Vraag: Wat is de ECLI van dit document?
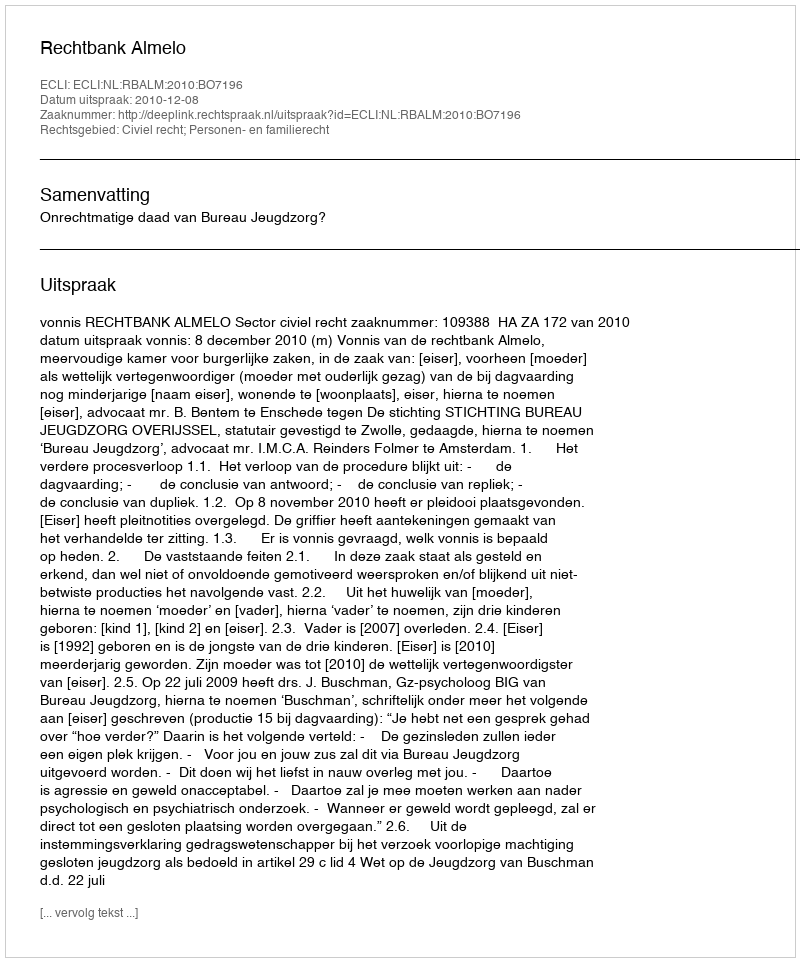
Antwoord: ECLI:NL:RBALM:2010:BO7196